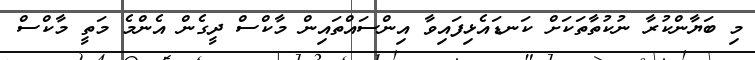
މި ބަޔާންކުރާ ނުކުތާތަކަށް ކަނޑައެޅިފައިވާ އިންސައްތައިން މާކްސް ދީގެން އެންމެ މަތީ މާކްސް